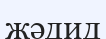
жәдид